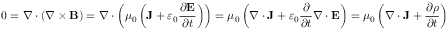
0 = \nabla \cdot ( \nabla \times \mathbf { B } ) = \nabla \cdot \left( \mu _ { 0 } \left( \mathbf { J } + \varepsilon _ { 0 } { \frac { \partial \mathbf { E } } { \partial t } } \right) \right) = \mu _ { 0 } \left( \nabla \cdot \mathbf { J } + \varepsilon _ { 0 } { \frac { \partial } { \partial t } } \nabla \cdot \mathbf { E } \right) = \mu _ { 0 } \left( \nabla \cdot \mathbf { J } + { \frac { \partial \rho } { \partial t } } \right)